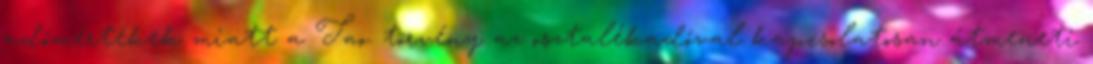
adómértékek miatt a Tao. törvény az osztalékadóval kapcsolatosan átmeneti